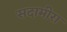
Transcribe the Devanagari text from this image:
सदामीरा